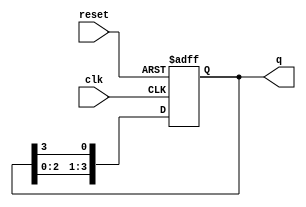
module bistable_ring_counter (
    input wire clk,          // Clock input
    input wire reset,        // Asynchronous reset input
    output reg [N-1:0] q     // Output state of the counter
);
    parameter N = 4;         // Number of flip-flops (adjust as needed)

    // Initial state of the counter
    initial begin
        q = 1'b1;            // Set the initial state with one '1' and the rest '0's
    end

    // Always block triggered on the rising edge of the clock or reset
    always @(posedge clk or posedge reset) begin
        if (reset) begin
            q <= 1'b1;       // Reset the counter to initial state
        end else begin
            // Shift the '1' to the right
            q <= {q[N-2:0], q[N-1]}; // Shift right and wrap around
        end
    end
endmodule